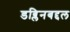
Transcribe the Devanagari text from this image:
डब्लिनबद्दल